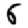
Digit: 6